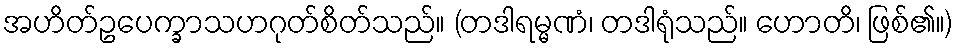
အဟိတ်ဥပေက္ခာသဟဂုတ်စိတ်သည်။ (တဒါရမ္မဏံ၊ တဒါရုံသည်။ ဟောတိ၊ ဖြစ်၏။)